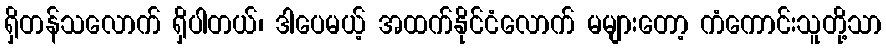
ရှိတန်သလောက် ရှိပါတယ်၊ ဒါပေမယ့် အထက်နိုင်ငံလောက် မများတော့ ကံကောင်းသူတို့သာ